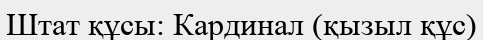
Штат құсы: Кардинал (қызыл құс)